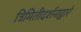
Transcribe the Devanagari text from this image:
त्रिमितीदर्शनाद्वारे